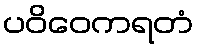
ပဝိဝေကရတံ